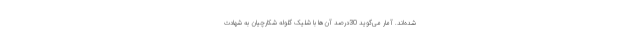
شده‌اند. آمار می‌گوید 30درصد آن‌ها با شلیک گلوله شکارچیان به شهادت